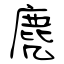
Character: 麂